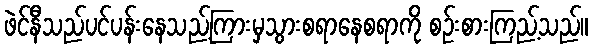
ဖဲင်နီသည်ပင်ပန်းနေသည့်ကြားမှသွားစရာနေစရာကို စဉ်းစားကြည့်သည်။